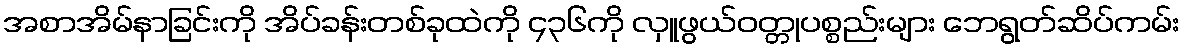
အစာအိမ်နာခြင်းကို အိပ်ခန်းတစ်ခုထဲကို ၄၃၆ကို လှူဖွယ်ဝတ္တုပစ္စည်းများ ဘေရွတ်ဆိပ်ကမ်း